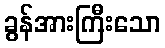
ခွန်အားကြီးသော